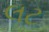
લટ